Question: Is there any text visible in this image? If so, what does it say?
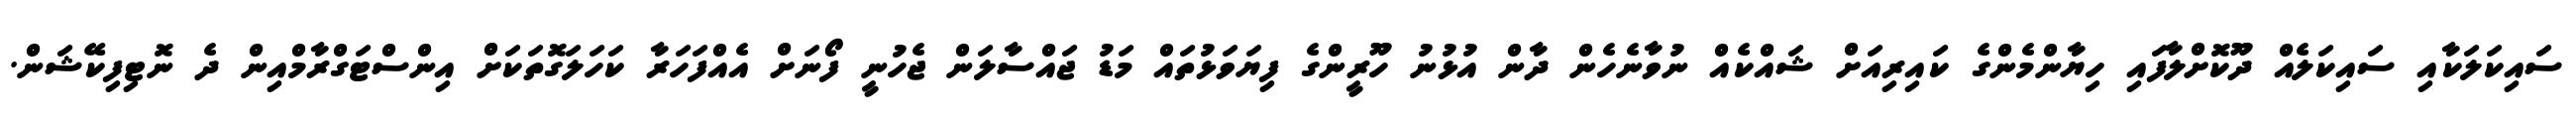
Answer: ސައިކަލަކާއި ސައިކަލެއް ދޫކޮށްލާފައި ހިޔާންމެންގެ ކައިރިއަށް ޝައްކެއް ނުވާނެހެން ދާން އުޅުނު ހޫރީންގެ ފިޔަވަޅުތައް މަޑު ޖައްސާލަން ޖެހުނީ ފޯނަށް އެއްފަހަރާ ކަހަލަގޮތަކަށް އިންސްޓަގްރާމްއިން ދެ ނޮޓިފިކޭޝަން.